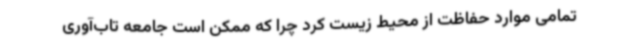
تمامی موارد حفاظت از محیط زیست کرد چرا که ممکن است جامعه تاب‌آوری